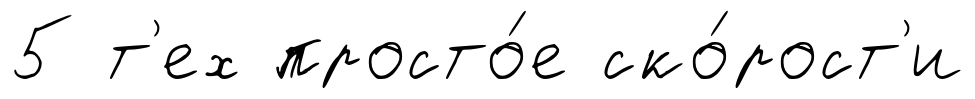
5 т'ех просто́е ско́рост'и